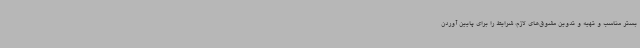
بستر مناسب و تهیه و تدوین مشوق‌های لازم، شرایط را برای پایین آوردن